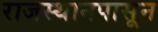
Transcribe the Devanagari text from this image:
राजस्थानपासून